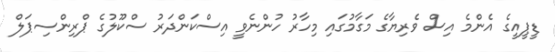
ޑީޕީއީގެ އެންމެ އިސް ވެރިޔާގެ މަގާމުގައި މިހާރު ހުންނެވީ އިސްކަންދަރު ސްކޫލުގެ ޕްރިންސިޕަލް